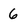
Character: 6